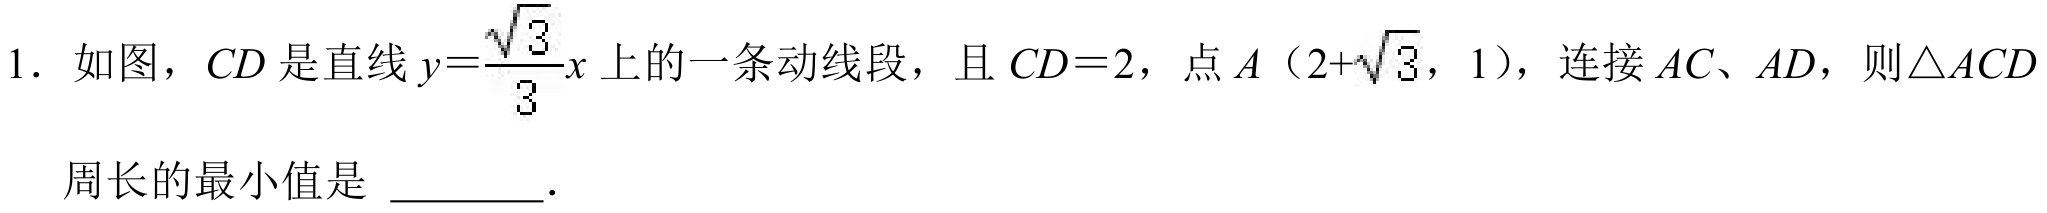
1. 如图，\(CD\)是直线\(y = \frac{\sqrt{3}}{3}x\)上的一条动线段，且\(CD = 2\)，点\(A（2+\sqrt{3}，1）\)，连接\(AC、AD\)，则\(\triangle ACD\)
周长的最小值是 ________．